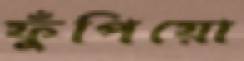
ফুঁপিয়ো